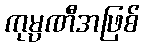
ကုမ္ပဏီအဖြစ်